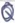
Text: Q